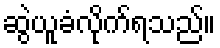
ဆွဲယူခံလိုက်ရသည်။